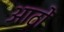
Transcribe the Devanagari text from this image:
आठोँ